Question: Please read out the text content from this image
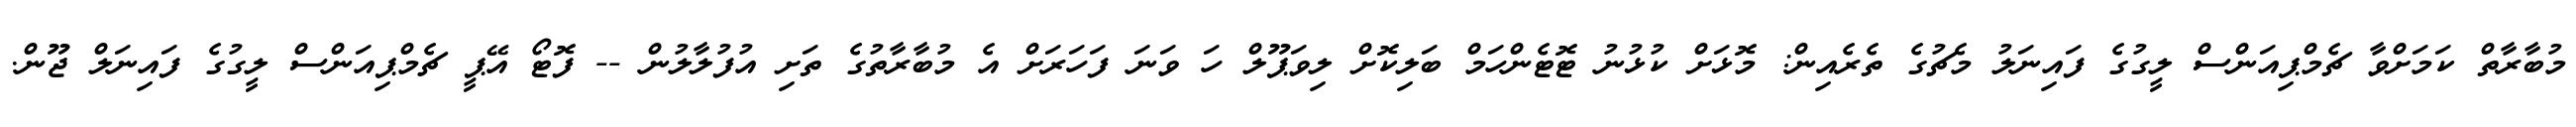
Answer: މުބާރާތް ކަމަށްވާ ޗެމްޕިއަންސް ލީގުގެ ފައިނަލު މެޗުގެ ތެރެއިން: މޮޅަށް ކުޅުނު ޓޮޓެންހަމް ބަލިކޮށް ލިވަޕޫލް ހަ ވަނަ ފަހަރަށް އެ މުބާރާތުގެ ތަށި އުފުލާލުން -- ފޮޓޯ އޭޕީ ޗެމްޕިއަންސް ލީގުގެ ފައިނަލް ޖޫން.